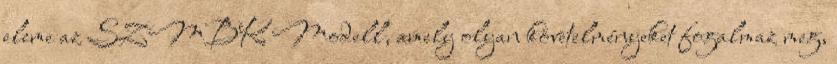
eleme az SZMBK Modell, amely olyan követelményeket fogalmaz meg,